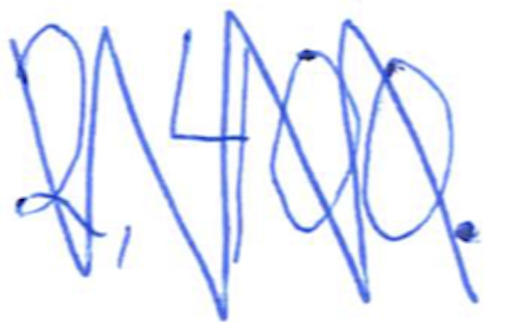
Text: 2,400.
Cross-out: zig-zag
Writing tool: ballpoint